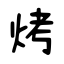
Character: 烤